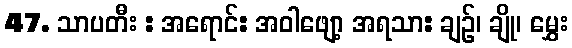
47. သာပတီး : အရောင်: အဝါဖျော့ အရသာ: ချဉ်၊ ချို၊ မွှေး